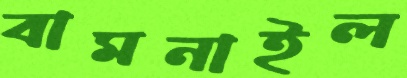
বামনাইল